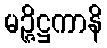
မဉ္ဇိဋ္ဌကာနိ